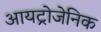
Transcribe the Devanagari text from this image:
आयट्रोजेनिक